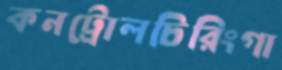
কনট্রোলচিরিংগা